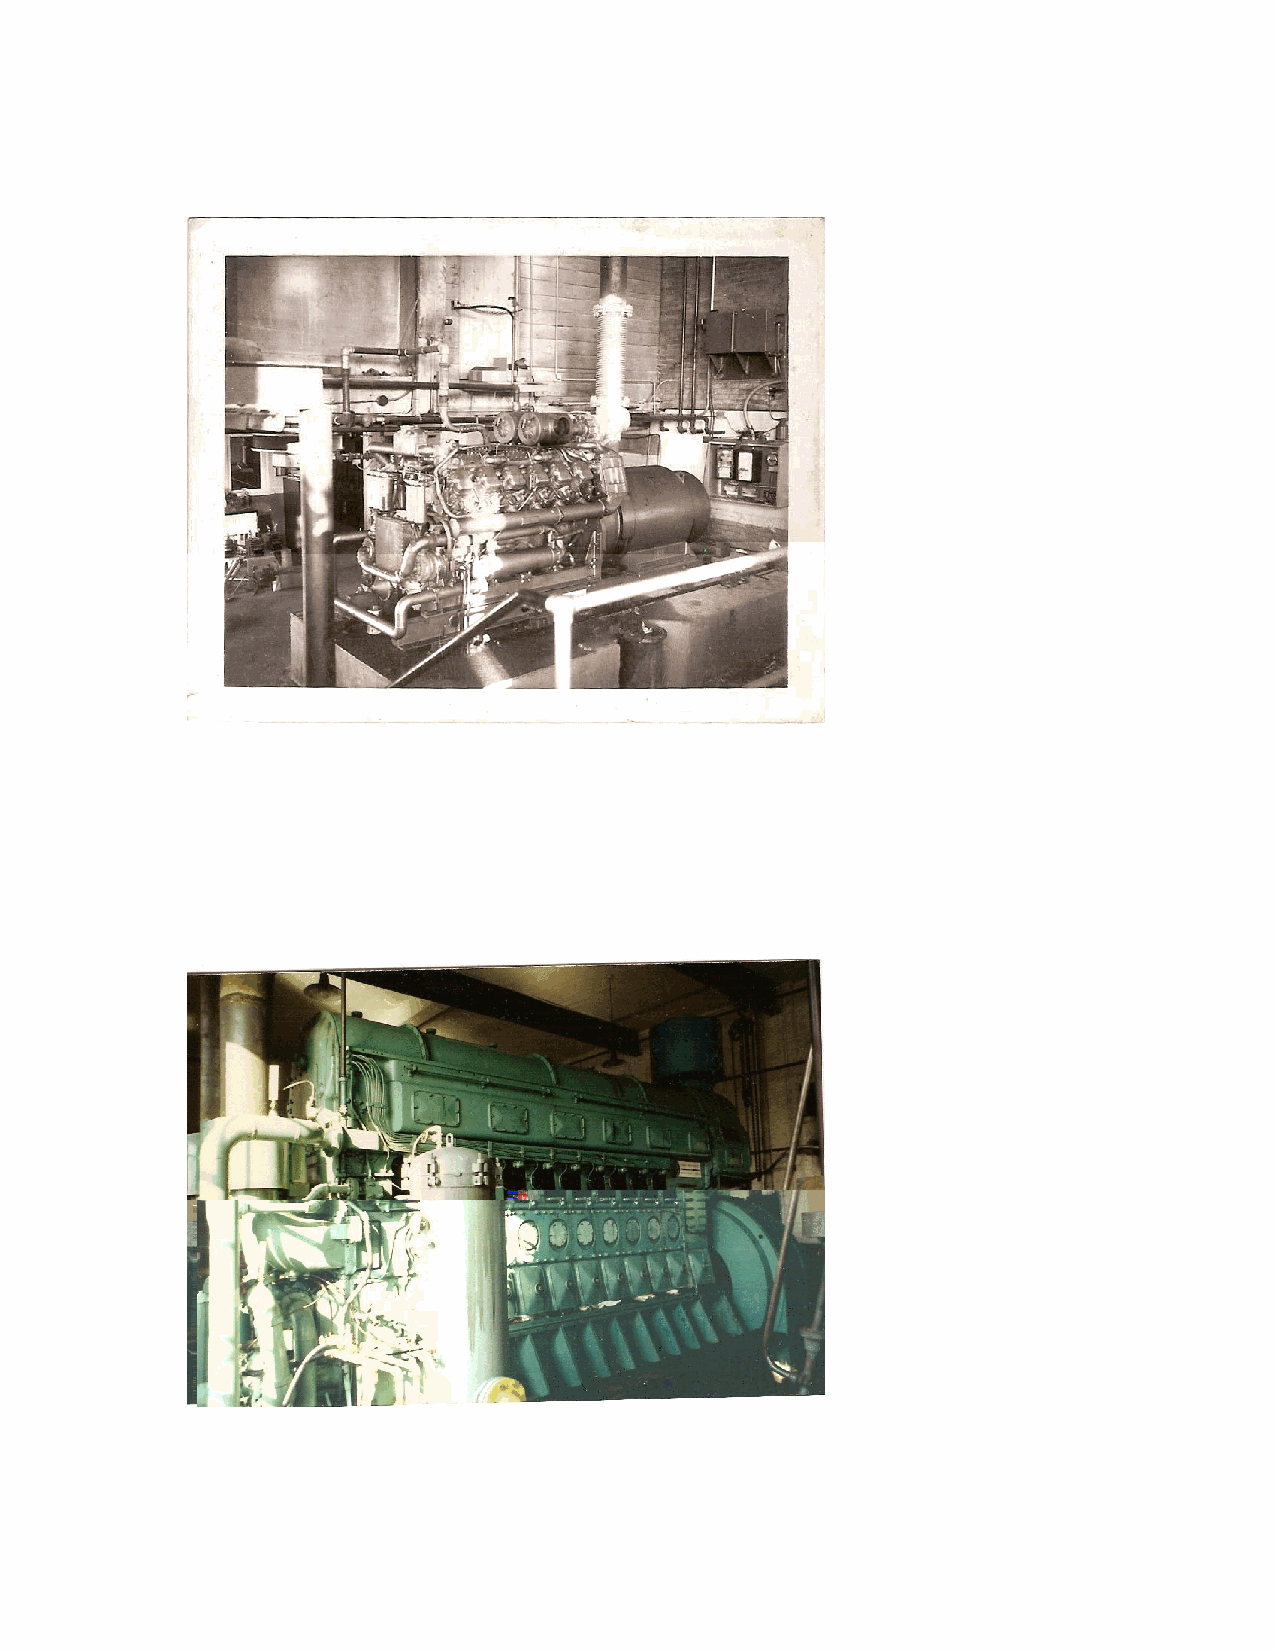
In August 1968 the Village of Argyle system voltage was converted from a 2300
 volt   Delta  system  to   a   2400/4160  volt  Wye   system.
 In November 1968 one of the 3 cylinder engines was replaced with a V12
 Dorman engine rated at 660 Kw.
 With the load growth that came along with our industrial growth in Argyle, in
 the early 1970’s it wasn’t long and we needed more capacity. On July 10, 1973
 the V12 Dorman engine was replaced with the first of two Fairbanks Morse 38D8
 1/8 OP engines rated at 1136 Kw.